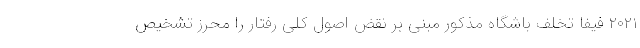
۲۰۲۱ فیفا تخلف باشگاه مذکور مبنی بر نقض اصول کلی رفتار را محرز تشخیص